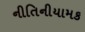
નીતિનીયામક